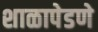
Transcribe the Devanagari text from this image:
शाळापेडणे